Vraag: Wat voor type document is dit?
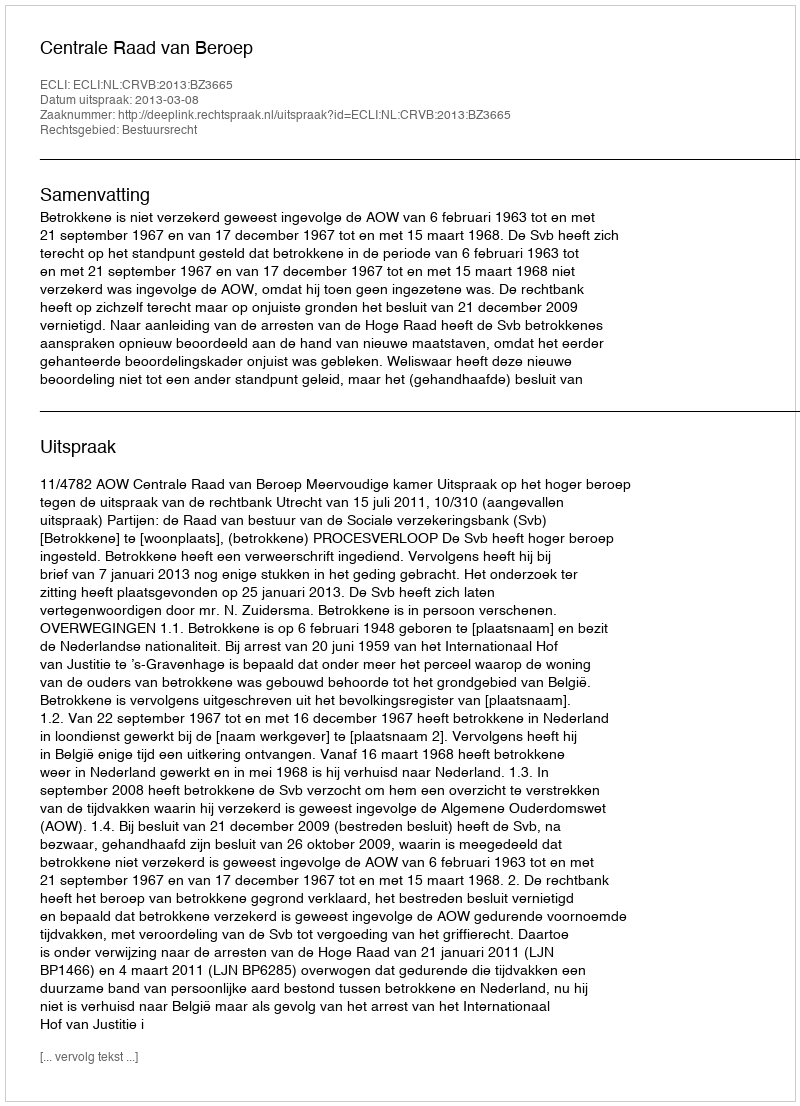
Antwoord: Uitspraak